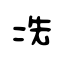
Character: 冼